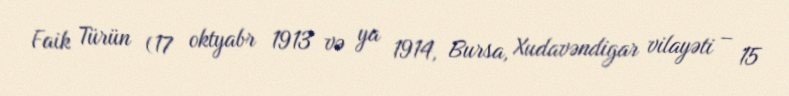
Faik Türün (17 oktyabr 1913 və ya 1914, Bursa, Xudavəndigar vilayəti – 15